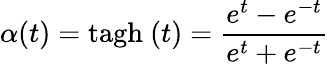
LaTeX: \alpha(t)=\mathrm{tagh}\ (t)=\frac{e^{t}-e^{-t}}{e^{t}+e^{-t}}